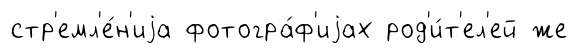
стр'емл'е́н'иjа фотогра́ф'иjах род'и́т'ел'ей же